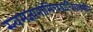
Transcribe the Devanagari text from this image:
स्त्वमज्ञानामिच्छाधिकमपि